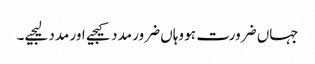
جہاں ضرورت ہو وہاں ضرور مدد کیجیے اور مدد لیجیے۔